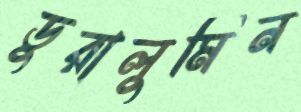
ডুরালুমিন